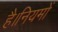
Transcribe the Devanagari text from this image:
है।नियमों